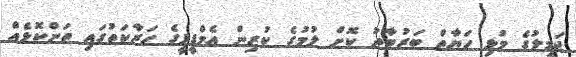
ޖަމީލުގެ މުޅި ހަޔާތް ބަރުބާދު ކޮށް ލުމުގެ ކުރިން އެމްޑީޕީގެ ހަރާކަތުގައި ތަންކޮޅެއް